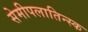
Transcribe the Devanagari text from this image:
सेमीपलातिन्स्क